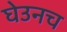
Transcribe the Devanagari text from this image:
घेउनच